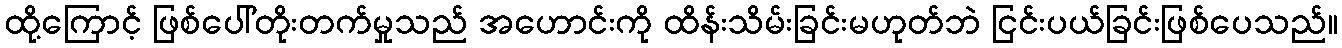
ထို့ကြောင့် ဖြစ်ပေါ်တိုးတက်မှုသည် အဟောင်းကို ထိန်းသိမ်းခြင်းမဟုတ်ဘဲ ငြင်းပယ်ခြင်းဖြစ်ပေသည်။